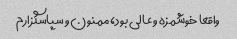
واقعا خوشمزه و عالی بود، ممنون و سپاسگزارم